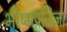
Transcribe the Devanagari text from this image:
भीष्मप्रतिज्ञा